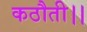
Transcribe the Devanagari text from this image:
कठौती।।